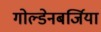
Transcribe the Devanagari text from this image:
गोल्डेनबर्जिया